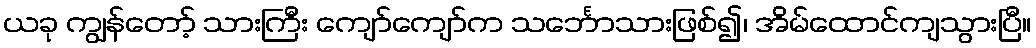
ယခု ကျွန်တော့် သားကြီး ကျော်ကျော်က သင်္ဘောသားဖြစ်၍၊ အိမ်ထောင်ကျသွားပြီ။